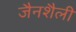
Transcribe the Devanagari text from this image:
जैनशैली